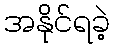
အနိုင်ရခဲ့